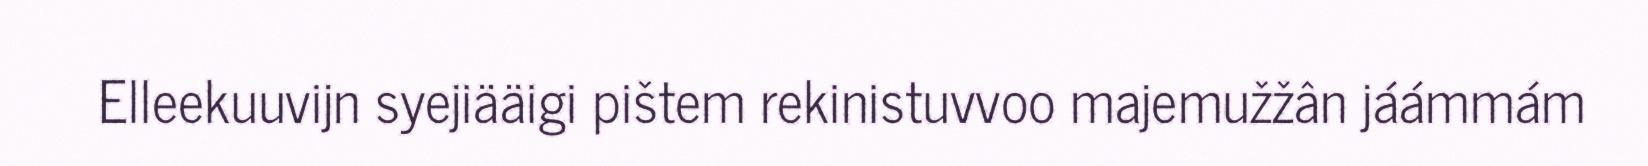
Elleekuuvijn syejiääigi pištem rekinistuvvoo majemužžân jáámmám